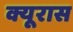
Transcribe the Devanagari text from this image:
क्यूरास